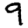
Digit: 9